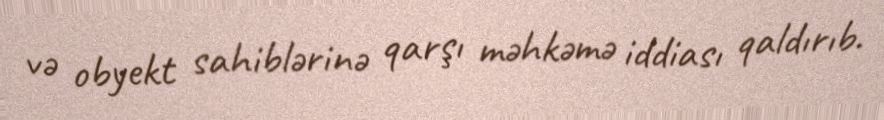
və obyekt sahiblərinə qarşı məhkəmə iddiası qaldırıb.